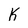
Character: k